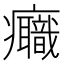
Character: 𤼕